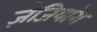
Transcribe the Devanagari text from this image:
ज़ेजियांग